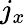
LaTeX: j_{x}